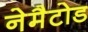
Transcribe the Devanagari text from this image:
नेमैटोड